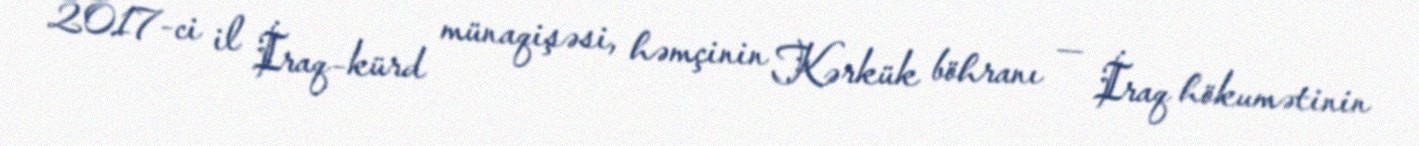
2017-ci il İraq–kürd münaqişəsi, həmçinin Kərkük böhranı — İraq hökumətinin